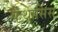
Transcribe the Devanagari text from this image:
कैथार्सिस